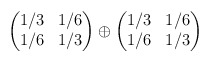
\begin{align*}\begin{pmatrix}1/3 & 1/6 \\1/6 & 1/3\end{pmatrix}\oplus\begin{pmatrix}1/3 & 1/6 \\1/6 & 1/3\end{pmatrix}\end{align*}